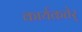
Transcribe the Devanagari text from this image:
कार्यकतेर्